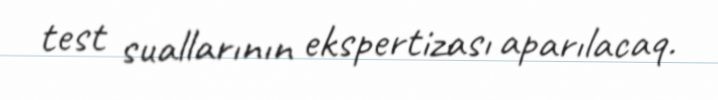
test suallarının ekspertizası aparılacaq.